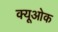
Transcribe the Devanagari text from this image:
क्यूओक